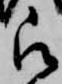
被